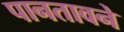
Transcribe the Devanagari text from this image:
पानतावने